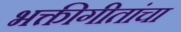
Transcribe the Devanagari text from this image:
भक्तीगीतांचा